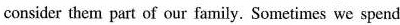
consider them part of our family. Sometimes we spend